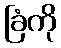
ခြံကို